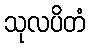
သုလပိတံ